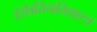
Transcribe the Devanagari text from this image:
स्थितिगतिशास्त्र